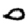
Digit: 0